King Institute of Preventive Medicine Micro-Biological Section reports 1909-11
Year: 1909
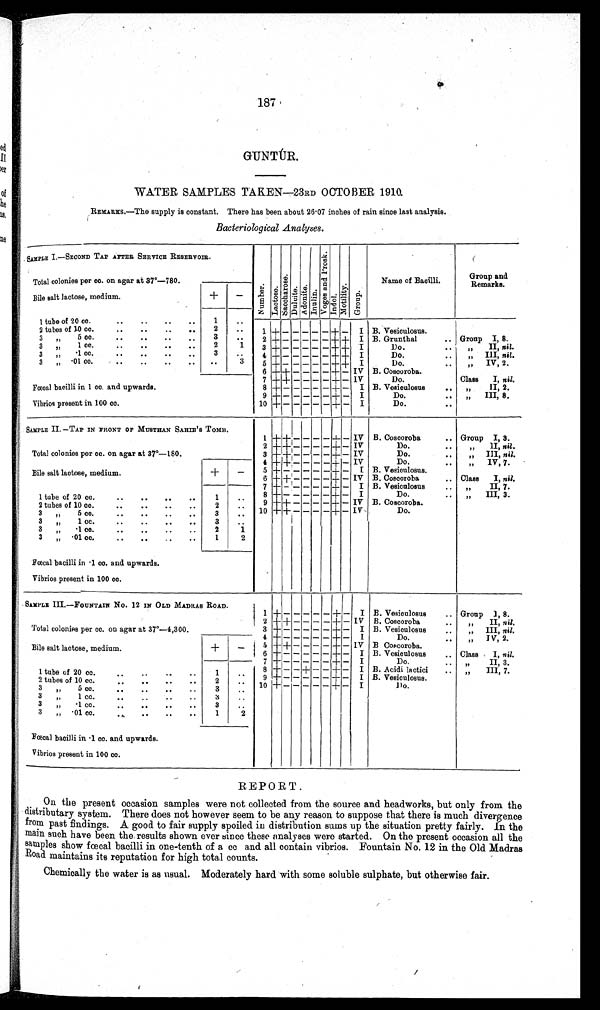
187
GUNTÙR.
WATER SAMPLES TAKEN—23RD OCTOBER 1910.
REMARKS.—The supply is constant. There has been about 26.07 inches of rain since last analysis.
Bacteriological Analyses.
SAMPLE I.-SECOND TAP AFTER SERVICE RESERVOIR.
NumberLactose.Sacchar os e.Dul ci t e.Adoni t e. I n u l i n . V o g e s a n d P r o s k . Indol. Mot i l i t y.Group.
Name of Bacilli.
Group and
Remarks.
Total colonies per cc. on agar at 37°—780.
Bile salt lactose, medium.
+ -
1
+ - - - - -
+ -
I
B. Vesiculosus
Group I, 8.
2
+ - - - - -
+ +
I
B. Grunthal.
„ II, nil.
1 tube of 20 cc
1
3
+ - - - - -
+ +
I
Do.
„ III,
nil
2 tubes of 10 co.
2
4
+ - - - - -
+ +
I
Do.
„
IV,
2
3 „ 5 cc.
3
5
+ - - - - -
+ +
I
Do
.
3 „ 1 cc
2
1
6
+ + - - - -
+ -
IV B. Coscoroba
Class I, nil.
3 „ ·1 cc
3
7
+ + - - - -
+ -
IV
Do.
„ II,
2.
3 „ ·01 cc.
3
8 + - - - - -
+ -
I
B. Vesiculosus
„ III, 8.
Fœal bacilli in 1 cc and upwards.
9
+ - - - - -
+ -
I
Do.
Vibratos present in 100 cc.
10
+ - - - - -
+ -
I
Do.
SAMPLE II. -TAP IN FRONT OF MUSTHAN SAHIB'S TOMB.
1
+ + - - - -
+ -
IV B. Coscoroba
Group I,
3.
Total colonies per cc. on agar at 37°—180.
2
+ + - - - -
+ -
IV
Do.
„ II, nil.
3
+ + - - - -
+ -
IV
Do.
„ III,
nil
Bile lactose, medium.
salt
+ -
4
+ + - - - -
+ -
IV
Do.
„
IV,
7
5
+ - - - -
+ -
I
B. Vesiculosus
6
+ + - - - -
+ -
IV B. Coscoroba
Class I, nil.
7
+ - - - - -
+ -
I
B. Vesiculosus
„ II,
7
1tube of 20 cc.
1
8 + - - - - -
+ -
I
Do.
„ III,
3.
2 tubes of 10 cc.
2
9
+ + - - - -
+ -
IV B. Coscoroba
3 „ 5 cc.
3
10
+ + - - - -
+ -
IV
Do
.
3 „ 1 cc
3
3 „ ·1cc
2
1
3 „ ·01 cc.
1
2
Fœcal bacilli in ·1
cc. and upwards.
Vibrios present in 100 cc.
SAMPLE III.-FOUNTAI No. 12 IN OLD MADRAS ROAD.
1
+ - - - - -
+ -
I B. Vesiculosus
Group I, 8.
Total colonies per cc. on agar at 37°—4,300.
2
+ - - - - -
+ -
IV B. Coscoroba
„ II, nil.
3
+ - - - - -
+ -
I
B. Vesiculosus
„ III,
nil
4
+ - - - - -
+ -
I
Do.
„
IV,
2
Bile salt lactose, medium
+ -
5
+ + - - - -
+ -
IV
B Coscoroba.
6
+ - - - - -
+ -
I
B. Vesiculosus
Class I, nil.
7
+ - - - - -
+ -
I
Do.
„ II, 3.
1tube of 20 cc.
1
8 + - -
+ - -
+ -
I
B. Acidic
„ III, 7.
2 tubes of 10 cc.
2
9
+ - - - - -
+ -
I
B. Vesiculosus
3 „ 5 cc
3
10
+ - - - - -
+ -
I
Do.
3 „ 1 cc.
3
3 „ ·1 cc.
3
3 „ ·01 cc.
1
2
Fœcal bacilli in ·1 cc. and upwards.
Vibrios present in 100
cc.
REPORT.
On the present occasion samples were not collected from the source and headworks, but only from the
distributary system. There does not however seem to be any reason to suppose that there is much divergence
from past findings. A good to fair supply spoiled in distribution sums up the situation pretty fairly. In the
main such have been the results shown ever since these analyses were started. On the present occasion all the
samples show fœcal bacilli in one-tenth of a cc and all contain vibrios. Fountain No. 12 in the Old Madras
Road maintains its reputation for high total counts.
Chemically the water is as usual. Moderately hard with some soluble sulphate, but otherwise fair.